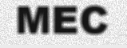
MEC